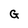
Character: G